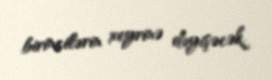
birincilərin xeyrinə dəyişəcək.